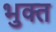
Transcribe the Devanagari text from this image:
भुक्‍त